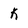
Character: K